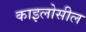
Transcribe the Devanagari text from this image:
काइलोसील